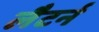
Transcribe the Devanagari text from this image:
लैटर्न